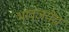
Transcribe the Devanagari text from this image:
भावजयेचं